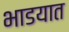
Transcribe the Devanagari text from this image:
भाडयात